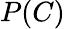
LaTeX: P(C)